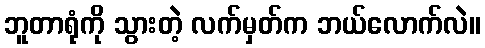
ဘူတာရုံကို သွားတဲ့ လက်မှတ်က ဘယ်လောက်လဲ။